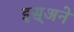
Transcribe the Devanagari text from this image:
इस्अने